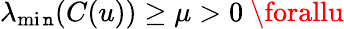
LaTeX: \lambda_{\operatorname*{mi\mathtt{n}}}(C(u))\geq\mu>0\ \forallu